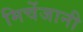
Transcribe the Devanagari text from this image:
मिचेंजानी